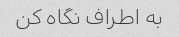
به اطراف نگاه کن